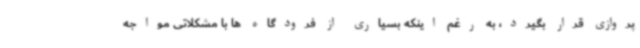
پروازی قرار بگیرد، به رغم اینکه بسیاری از فرودگاه ها با مشکلاتی مواجه